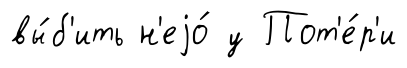
вы́б'ить н'еjо́ у Пот'е́р'и